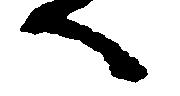
へ